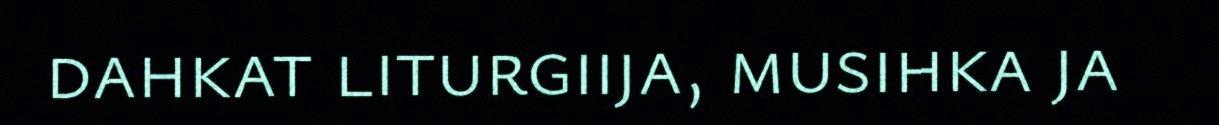
dahkat liturgiija, musihka ja